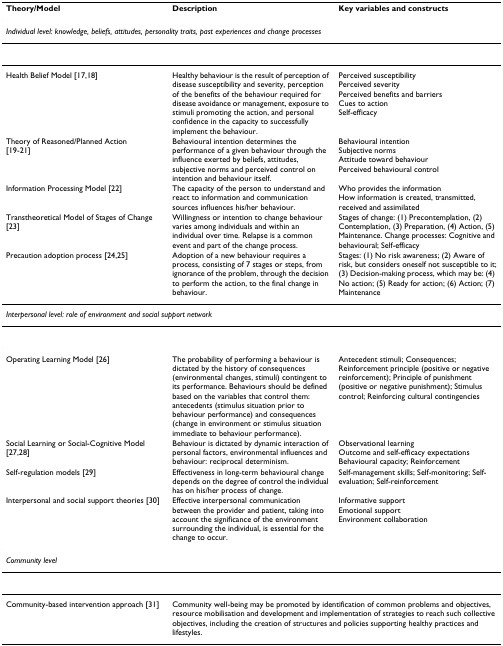
<table><thead><tr><td><b>Theory/Model</b></td><td><b>Description</b></td><td><b>Key variables and constructs</b></td></tr></thead><tbody><tr><td colspan="3"><i>Individual level: knowledge, beliefs, attitudes, personality traits, past experiences and change processes</i></td></tr><tr><td>Health Belief Model [17,18]</td><td>Healthy behaviour is the result of perception of disease susceptibility and severity, perception of the benefits of the behaviour required for disease avoidance or management, exposure to stimuli promoting the action, and personal confidence in the capacity to successfully implement the behaviour.</td><td>Perceived susceptibilityPerceived severityPerceived benefits and barriersCues to actionSelf-efficacy</td></tr><tr><td>Theory of Reasoned/Planned Action[19-21]</td><td>Behavioural intention determines the performance of a given behaviour through the influence exerted by beliefs, attitudes, subjective norms and perceived control on intention and behaviour itself.</td><td>Behavioural intentionSubjective normsAttitude toward behaviourPerceived behavioural control</td></tr><tr><td>Information Processing Model [22]</td><td>The capacity of the person to understand and react to information and communication sources influences his/her behaviour.</td><td>Who provides the informationHow information is created, transmitted, received and assimilated</td></tr><tr><td>Transtheoretical Model of Stages of Change [23]</td><td>Willingness or intention to change behaviour varies among individuals and within an individual over time. Relapse is a common event and part of the change process.</td><td>Stages of change: (1) Precontemplation, (2) Contemplation, (3) Preparation, (4) Action, (5) Maintenance. Change processes: Cognitive and behavioural; Self-efficacy</td></tr><tr><td>Precaution adoption process [24,25]</td><td>Adoption of a new behaviour requires a process, consisting of 7 stages or steps, from ignorance of the problem, through the decision to perform the action, to the final change in behaviour.</td><td>Stages: (1) No risk awareness; (2) Aware of risk, but considers oneself not susceptible to it;(3) Decision-making process, which may be: (4) No action; (5) Ready for action; (6) Action; (7) Maintenance</td></tr><tr><td colspan="3"><i>Interpersonal level: role of environment and social support network</i></td></tr><tr><td>Operating Learning Model [26]</td><td>The probability of performing a behaviour is dictated by the history of consequences (environmental changes, stimuli) contingent to its performance. Behaviours should be defined based on the variables that control them: antecedents (stimulus situation prior to behaviour performance) and consequences (change in environment or stimulus situation immediate to behaviour performance).</td><td>Antecedent stimuli; Consequences; Reinforcement principle (positive or negative reinforcement); Principle of punishment (positive or negative punishment); Stimulus control; Reinforcing cultural contingencies</td></tr><tr><td>Social Learning or Social-Cognitive Model [27,28]</td><td>Behaviour is dictated by dynamic interaction of personal factors, environmental influences and behaviour: reciprocal determinism.</td><td>Observational learningOutcome and self-efficacy expectationsBehavioural capacity; Reinforcement</td></tr><tr><td>Self-regulation models [29]</td><td>Effectiveness in long-term behavioural change depends on the degree of control the individual has on his/her process of change.</td><td>Self-management skills; Self-monitoring; Self-evaluation; Self-reinforcement</td></tr><tr><td>Interpersonal and social support theories [30]</td><td>Effective interpersonal communication between the provider and patient, taking into account the significance of the environment surrounding the individual, is essential for the change to occur.</td><td>Informative supportEmotional supportEnvironment collaboration</td></tr><tr><td colspan="3"><i>Community level</i></td></tr><tr><td>Community-based intervention approach [31]</td><td colspan="2">Community well-being may be promoted by identification of common problems and objectives, resource mobilisation and development and implementation of strategies to reach such collective objectives, including the creation of structures and policies supporting healthy practices and lifestyles.</td></tr></tbody></table>